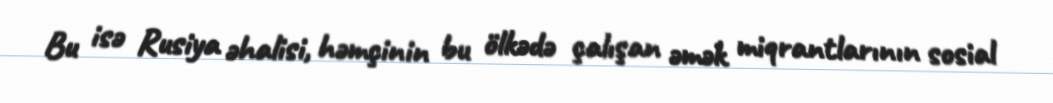
Bu isə Rusiya əhalisi, həmçinin bu ölkədə çalışan əmək miqrantlarının sosial